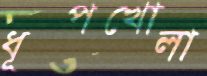
ধূপখোলা